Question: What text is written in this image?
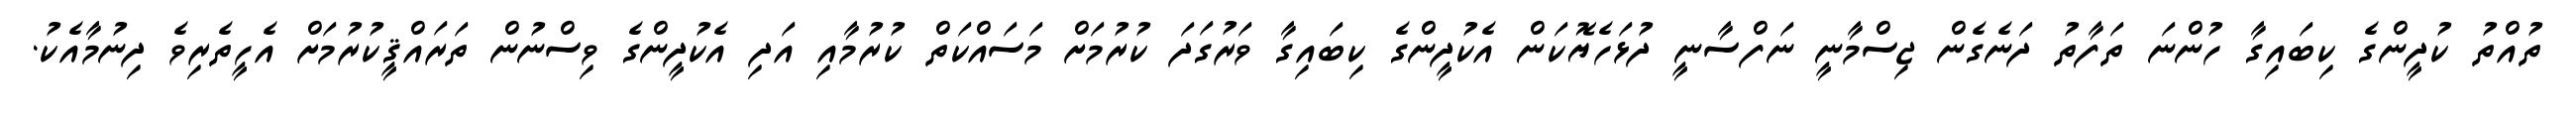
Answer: ތުއްތު ކުދީންގެ ކިބައިގާ ހުންނަ ތަފާތު ދަނެގެން ޖިސްމާނީ ނަފްސާނީ ދުޅަހެޔޮކަން އެކުދީންގެ ކިބައިގާ ވަރުގަދަ ކުރުމަށް މަސައްކަތް ކުރުމާއި އަދި އެކުދީންގެ ވިސްނުން ތަރައްޤީކުރުމަށް އެހީތެރިވެ ދިނުމާއެކު.